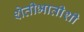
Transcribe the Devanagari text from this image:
शेतीभातीशी